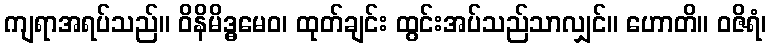
ကျရာအရပ်သည်။ ဝိနိမိဒ္ဓမေဝ၊ ထုတ်ချင်း ထွင်းအပ်သည်သာလျှင်။ ဟောတိ။ ဝဇိရံ၊